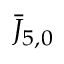
\bar { J } _ { 5 , 0 }